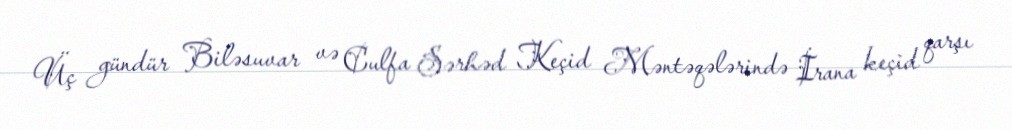
Üç gündür Biləsuvar və Culfa Sərhəd Keçid Məntəqələrində İrana keçid qarşı